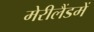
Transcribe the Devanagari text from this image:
मेरीलैंडमें